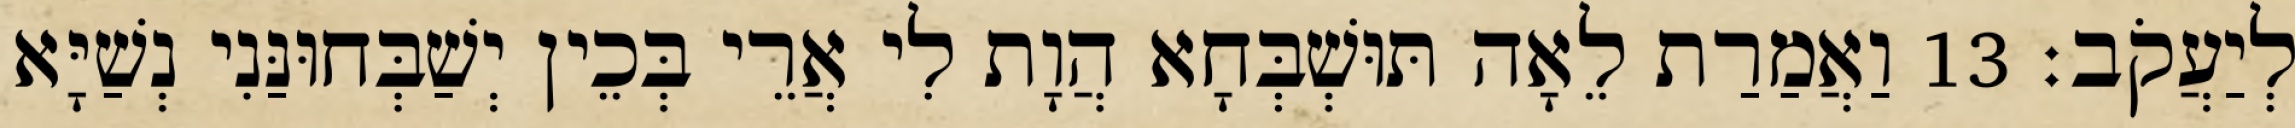
לְיַעֲקֹב׃ 13 וַאֲמַרַת לֵאָה תּוּשְׁבְּחָא הֲוָת לִי אֲרֵי בְּכֵין יְשַׁבְּחוּנַּנִי נְשַׁיָּא